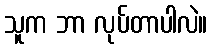
သူက ဘာ လုပ်တာပါလဲ။